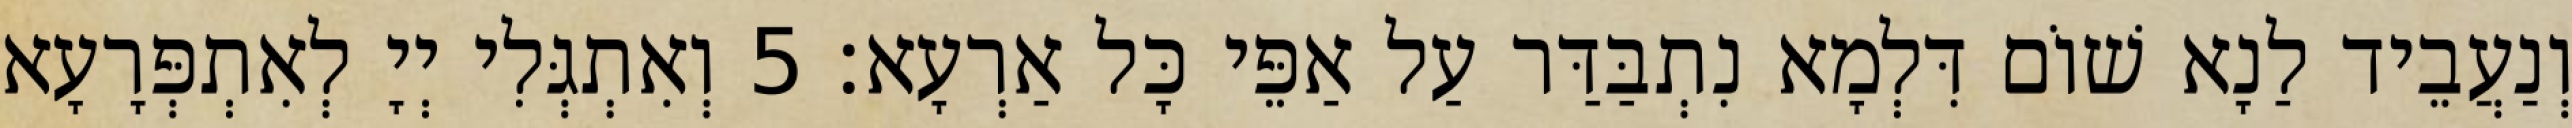
וְנַעֲבֵיד לַנָא שׁוֹם דִּלְמָא נִתְבַּדַּר עַל אַפֵּי כָּל אַרְעָא׃ 5 וְאִתְגְּלִי יְיָ לְאִתְפְּרָעָא